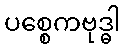
ပစ္စေကဗုဒ္ဓါ